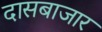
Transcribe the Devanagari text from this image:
दासबाजार